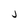
Character: j